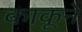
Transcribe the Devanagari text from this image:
काकूने